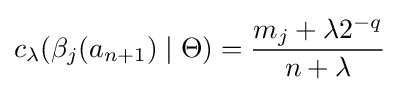
c_{\lambda }(\beta _{j}(a_{n+1})\mid \Theta )={\frac {m_{j}+\lambda 2^{-q}}{n+\lambda }}